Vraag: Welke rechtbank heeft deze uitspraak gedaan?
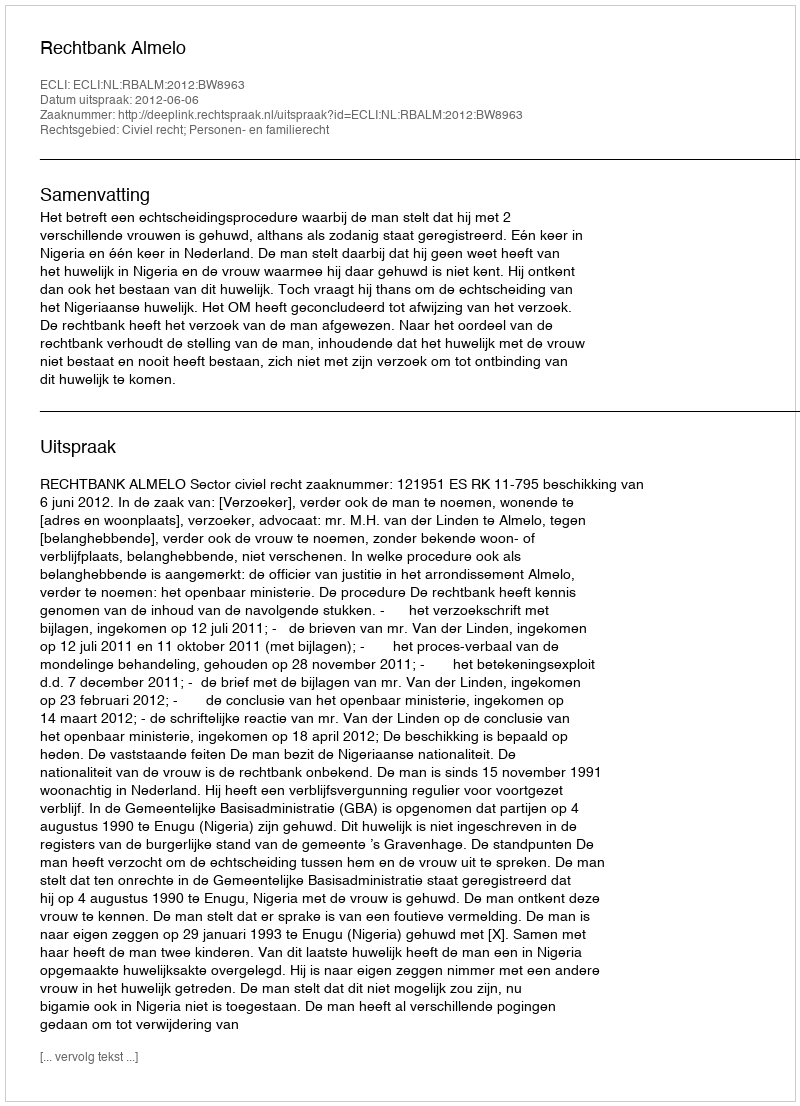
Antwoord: Rechtbank Almelo